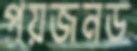
পয়জনড